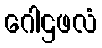
ဂေါဌဖလံ